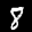
Label: 8